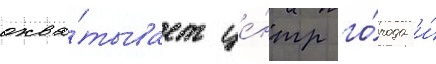
охва́тывает це́нтр го́рода и́